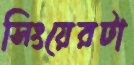
সিংয়েরটা